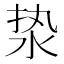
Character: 𰛣